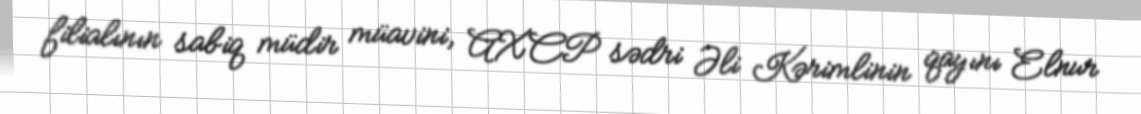
filialının sabiq müdir müavini, AXCP sədri Əli Kərimlinin qayını Elnur